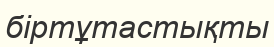
біртұтастықты